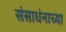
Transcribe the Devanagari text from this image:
संसाधंनाच्या